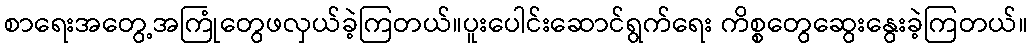
စာရေးအတွေ့အကြုံတွေဖလှယ်ခဲ့ကြတယ်။ပူးပေါင်းဆောင်ရွက်ရေး ကိစ္စတွေဆွေးနွေးခဲ့ကြတယ်။